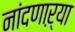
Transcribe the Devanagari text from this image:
नांदणाऱ्या